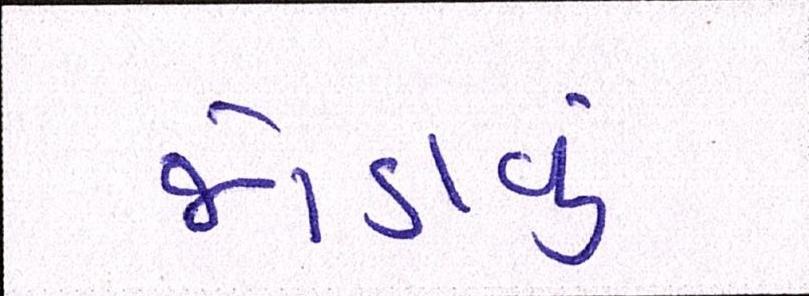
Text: જોડાવું